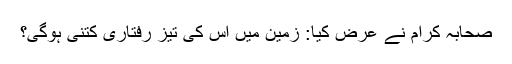
صحابہ کرام نے عرض کیا: زمین میں اس کی تیز رفتاری کتنی ہوگی؟